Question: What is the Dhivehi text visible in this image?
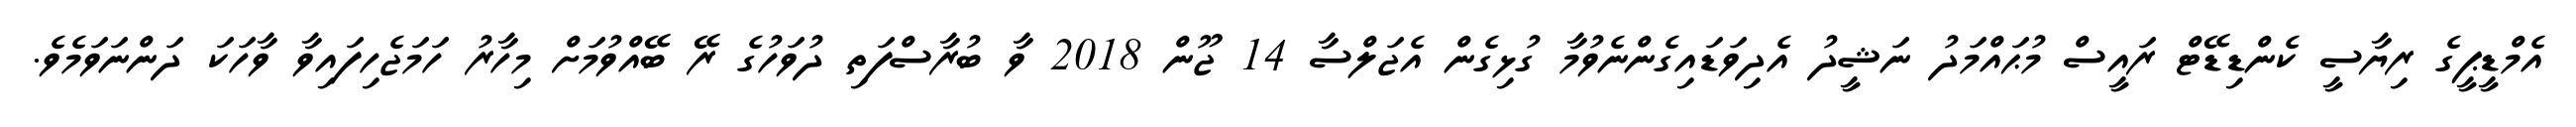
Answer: އެމްޑީޕީގެ ރިޔާސީ ކެންޑިޑޭޓް ރައީސް މުޙައްމަދު ނަޝީދު އެދިވަޑައިގެންނެވުމާ ގުޅިގެން އެޖަލްސާ 14 ޖޫން 2018 ވާ ބުރާސްފަތި ދުވަހުގެ ރޭ ބޭއްވުމަށް މިހާރު ހަމަޖެހިފައިވާ ވާހަކަ ދަންނަވަމެވެ.